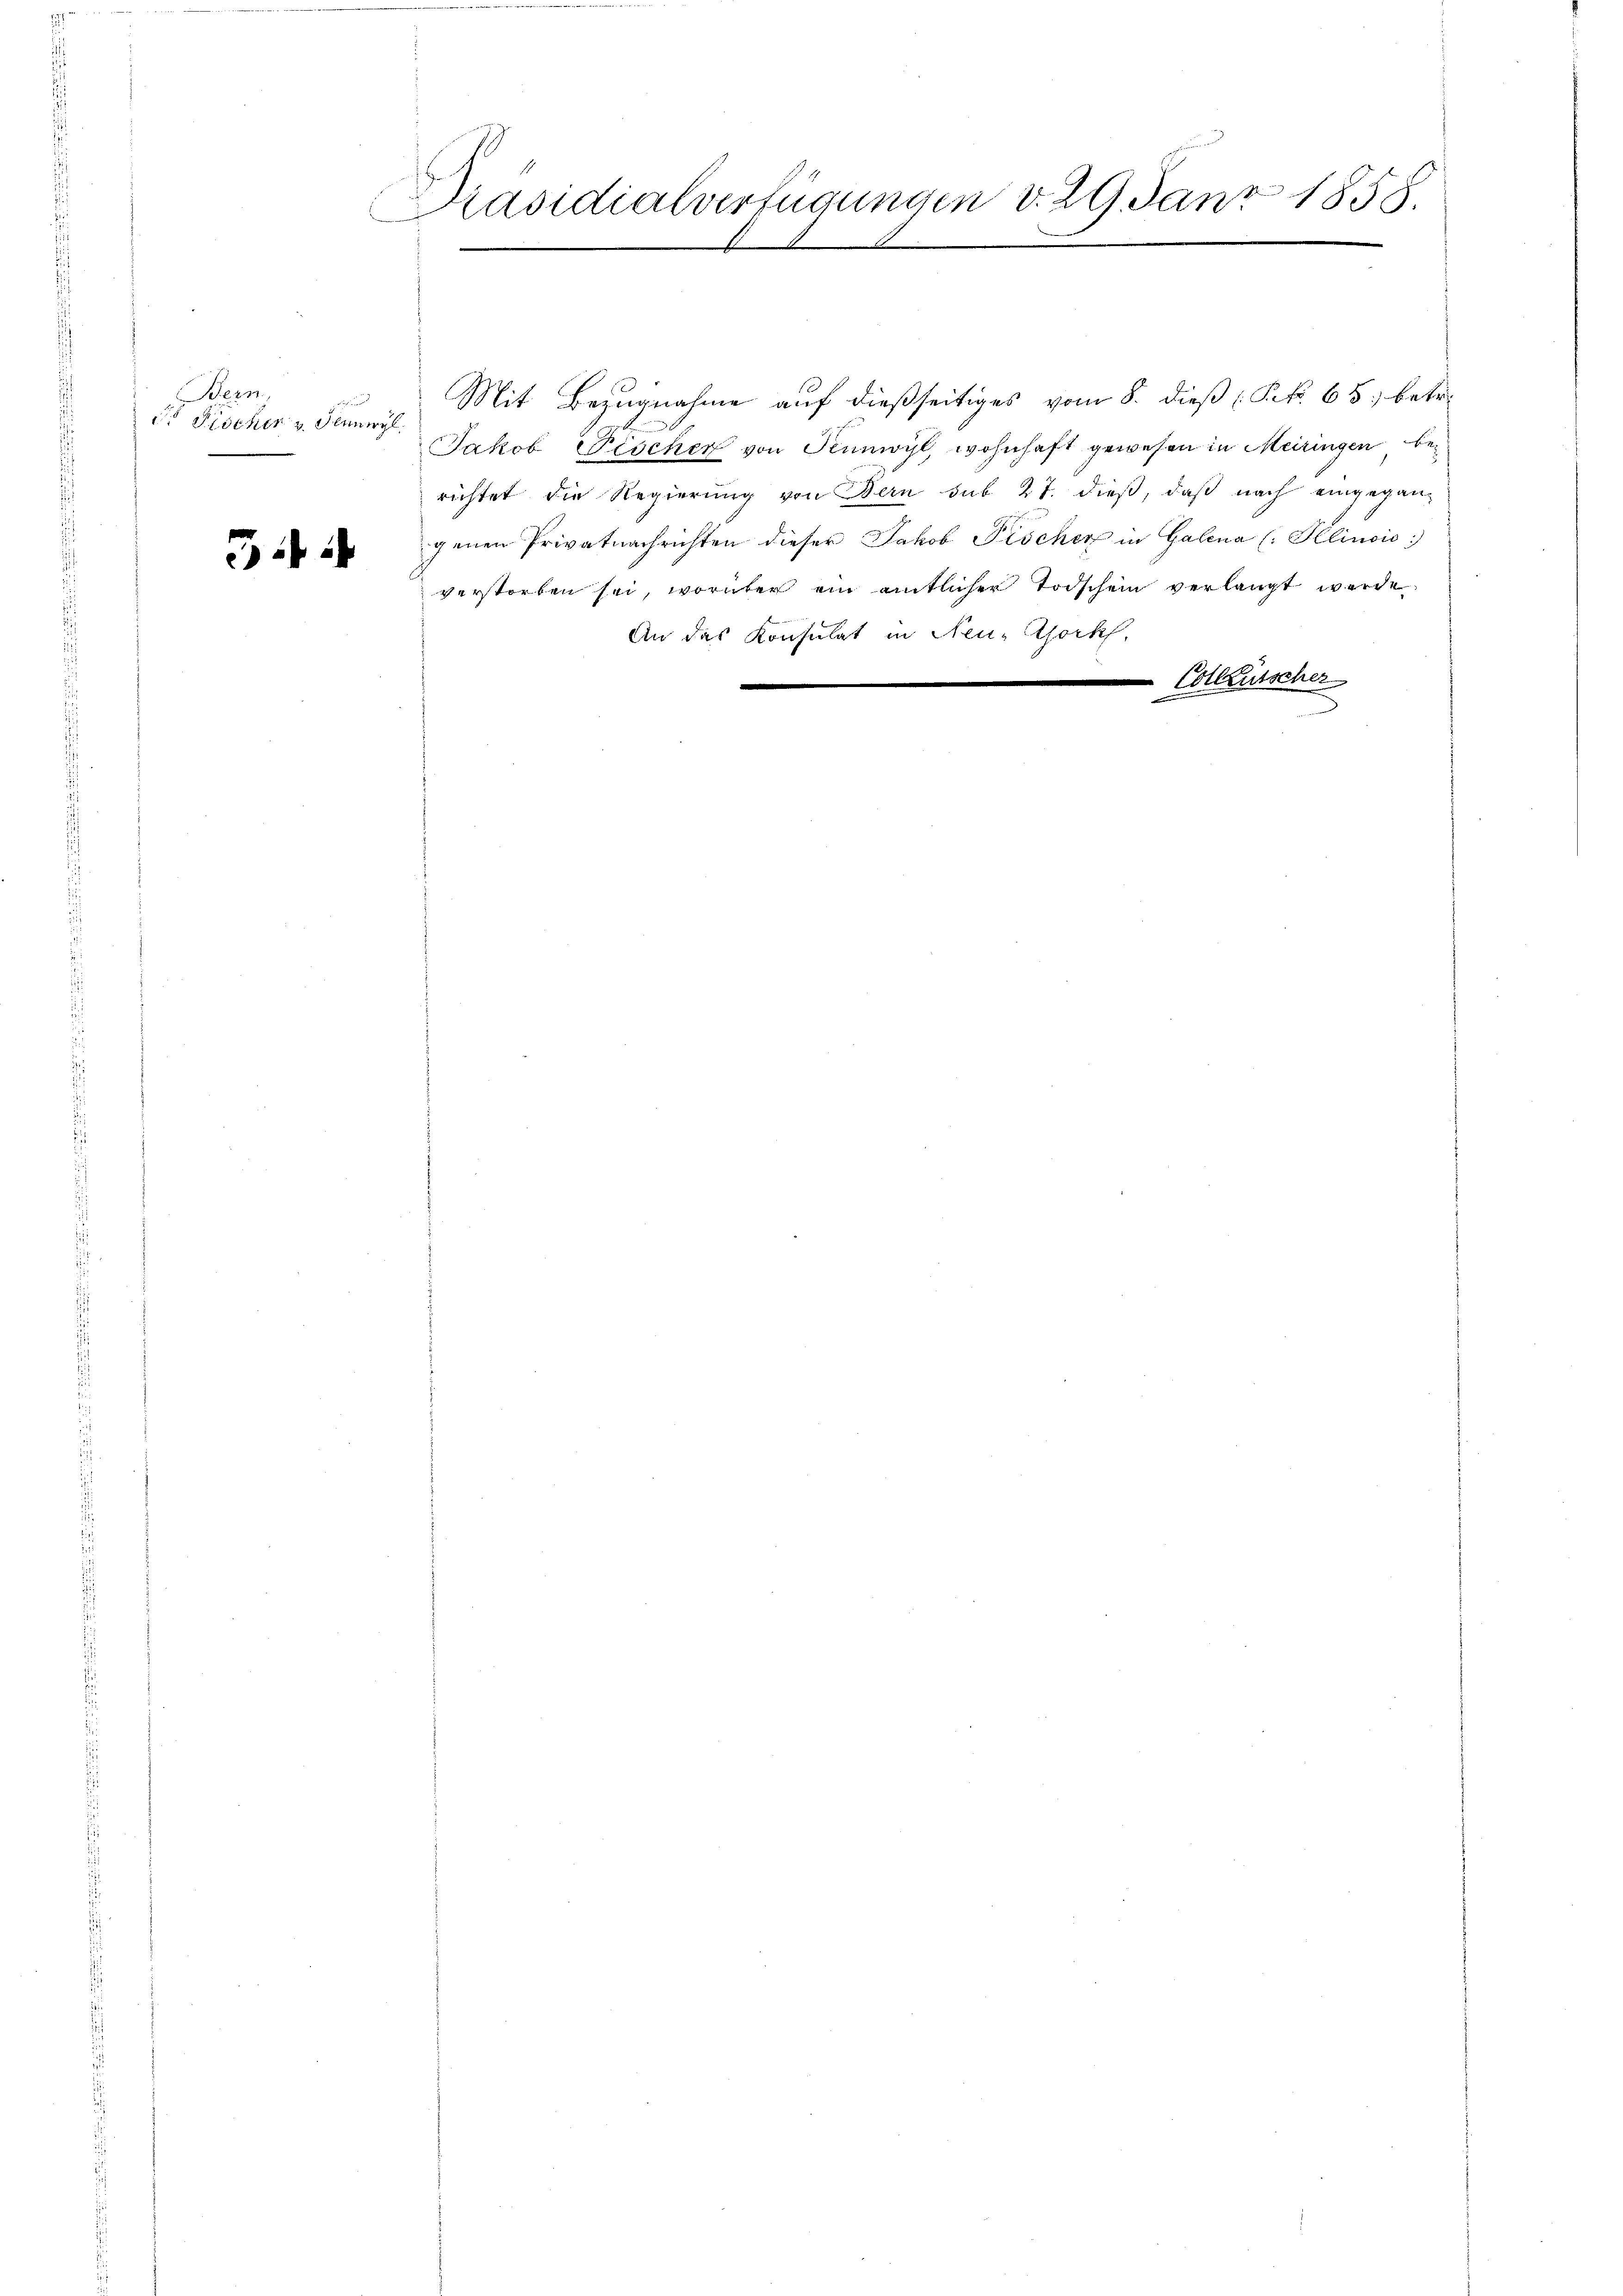
Bern,
d Fischer v. Seinwyl

3

Präsidialverfügungen v. 29. Janz 1858.
2

Mit Bezugnahme auf dießseitiges vom 8. dieß (Frk. 65, betr.
Jakob Fischer von Punwyl, wohnhaft gewesen in Meiringen berichtet die Regierung von Bern sub 27. dieß, daß nach eingegangenen Privatnachrichten dieser Jakob Fischer in Galena (: Illinois
verstorben sei, worüber ein amtlicher Todschein verlangt werde
An das Konsulat in Neue Stockh,
Cotkutscher